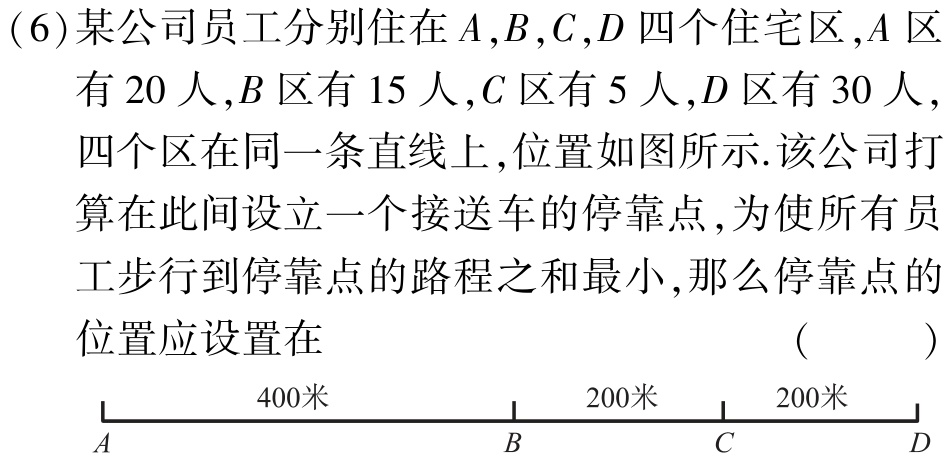
(6)某公司员工分别住在\(A,B,C,D\)四个住宅区,\(A\)区有\(20\)人,\(B\)区有\(15\)人,\(C\)区有\(5\)人,\(D\)区有\(30\)人,四个区在同一条直线上,位置如图所示.该公司打算在此间设立一个接送车的停靠点,为使所有员工步行到停靠点的路程之和最小,那么停靠点的位置应设置在（  ）

\(\begin{matrix}

& & & & & & & & & & & & & & & & & & & & & & & & & & & & & & & & & & & & & & & & & & & & & & & & & & & & & & & & & & & & & & & & & & & & & & & & & & & & & & & & & & & & & & & & & & & & & & & & & & & & & & & & & & & & & & & & & & & & & & & & & & & & & & & & & & & & & & & & & & & & & & & & & & & & & & & & & & & & & & & & & & & & & & & & & & & & & & & & & & & & & & & & & & & & & & & & & & & & & & & & & & & & & & & & & & & & & & & & & & & & & & & & & & & & & & & & & & & & & & & & & & & & & & & & & & & & & & & & & & & & & & & & & & & & & & & & & & & & & & & & & & & & & & & & & & & & & & & & & & & & & & & & & & & & & & & & & & & & & & & & & & & & & & & & & & & & & & & & & & & & & & & & & & & & & & & & & & & & & & & & & & & & & & & & & & & & & & & & & & & & & & & & & & & & & & & & & & & & & & & & & & & & & & & & & & & & & & & & & & & & & & & & & & & & & & & & & & & & & & & & & & & & & & & & & & & & & & & & & & & & & & & & & & & & & & & & & & & & & & & & & & & & & & & & & & & & & & & & & & & & & & & & & & & & & & & & & & & & & & & & & & & & & & & & & & & & & & & & & & & & & & & & & & & & & & & & & & & & & & & & & & & & & & & & & & & & & & & & & & & & & & & & & & & & & & & & & & & & & & & & & & & & & & & & & & & & & & & & & & & & & & & & & & & & & & & & & & & & & & & & & & & & & & & & & & & & & & & & & & & & & & & & & & & & & & & & & & & & & & & & & & & & & & & & & & & & & & & & & & & & & & & & & & & & & & & & & & & & & & & & & & & & & & & & & & & & & & & & & & & & & & & & & & & & & & & & & & & & & & & & & & & & & & & & & & & & & & & & & & & & & & & & & & & & & & & & & & & & & & & & & & & & & & & & & & & & & & & & & & & & & & & & & & & & & & & & & & & & & & & & & & & & & & & & & & & & & & & & & & & & & & & & & & & & & & & & & & & & & & & & & & & & & & & & & & & & & & & & & & & & & & & & & & & & & & & & & & & & & & & & & & & & & & & & & & & & & & & & & & & & & & & & & & & & & & & & & & & & & & & & & & & & & & & & & & & & & & & & & & & & & & & & & & & & & & & & & & & & & & & & & & & & & & & & & & & & & & & & & & & & & & & & & & & & & & & & & & & & & & & & & & & & & & & & & & & & & & & & & & & & & & & & & & & & & & & & & & & & & & & & & & & & & & & & & & & & & & & & & & & & & & & & & & & & & & & & & & & & & & & & & & & & & & & & & & & & & & & & & & & & & & & & & & & & & & & & & & & & & & & & & & & & & & & & & & & & & & & & & & & & & & & & & & & & & & & & & & & & & & & & & & & & & & & & & & & & & & & & & & & & & & & & & & & & & & & & & & & & & & & & & & & & & & & & & & & & & & & & & & & & & & & & & & & & & & & & & & & & & & & & & & & & & & & & & & & & & & & & & & & & & & & & & & & & & & & & & & & & & & & & & & & & & & & & & & & & & & & & & & & & & & & & & & & & & & & & & & & & & & & & & & & & & & & & & & & & & & & & & & & & & & & & & & & & & & & & & & & & & & & & & & & & & & & & & & & & & & & & & & & & & & & & & & & & & & & & & & & & & & & & & & & & & & & & & & & & & & & & & & & & & & & & & & & & & & & & & & & & & & & & & & & & & & & & & & & & & & & & & & & & & & & & & & & & & & & & & & & & & & & & & & & & & & & & & & & & & & & & & & & & & & & & & & & & & & & & & & & & & & & & & & & & & & & & & & & & & & & & & & & & & & & & & & & & & & & & & & & & & & & & & & & & & & & & & & & & & & & & & & & & & & & & & & & & & & & & & & & & & & & & & & & & & & & & & & & & & & & & & & & & & & & & & & & & & & & & & & & & & & & & & & & & & & & & & & & & & & & & & & & & & & & & & & & & & & & & & & & & & & & & & & & & & & & & & & & & & & & & & & & & & & & & & & & & & & & & & & & & & & & & & & & & & & & & & & & & & & & & & & & & & & & & & & & & & & & & & & & & & & & & & & & & & & & & & & & & & & & & & & & & & & & & & & & & & & & & & & & & & & & & & & & & & & & & & & & & & & & & & & & & & & & & & & & & & & & & & & & & & & & & & & & & & & & & & & & & & & & & & & & & & & & & & & & & & & & & & & & & & & & & & & & & & & & & & & & & & & & & & & & & & & & & & & & & & & & & & & & & & & & & & & & & & & & & & & & & & & & & & & & & & & & & & & & & & & & & & & & & & & & & & & & & & & & & & & & & & & & & & & & & & & & & & & & & & & & & & & & & & & & & & & & & & & & & & & & & & & & & & & & & & & & & & & & & & & & & & & & & & & & & & & & & & & & & & & & & & & & & & & & & & & & & & & & & & & & & & & & & & & & & & & & & & & & & & & & & & & & & & & & & & & & & & & & & & & & & & & & & & & & & & & & & & & & & & & & & & & & & & & & & & & & & & & & & & & & & & & & & & & & & & & & & & & & & & & & & & & & & & & & & & & & & & & & & & & & & & & & & & & & & & & & & & & & & & & & & & & & & & & & & & & & & & & & & & & & & & & & & & & & & & & & & & & & & & & & & & & & & & & & & & & & & & & & & & & & & & & & & & & & & & & & & & & & & & & & & & & & & & & & & & & & & & & & & & & & & & & & & & & & & & & & & & & & & & & & & & & & & & & & & & & & & & & & & & & & & & & & & & & & & & & & & & & & & & & & & & & & & & & & & & & & & & & & & & & & & & & & & & & & & & & & & & & & & & & & & & & & & & & & & & & & & & & & & & & & & & & & & & & & & & & & & & & & & & & & & & & & & & & & & & & & & & & & & & & & & & & & & & & & & & & & & & & & & & & & & & & & & & & & & & & & & & & & & & & & & & & & & & & & & & & & & & & & & & & & & & & & & & & & & & & & & & & & & & & & & & & & & & & & & & & & & & & & & & & & & & & & & & & & & & & & & & & & & & & & & & & & & & & & & & & & & & & & & & & & & & & & & & & & & & & & & & & & & & & & & & & & & & & & & & & & & & & & & & & & & & & & & & & & & & & & & & & & & & & & & & & & & & & & & & & & & & & & & & & & & & & & & & & & & & & & & & & & & & & & & & & & & & & & & & & & & & & & & & & & & & & & & & & & & & & & & & & & & & & & & & & & & & & & & & & & & & & & & & & & & & & & & & & & & & & & & & & & & & & & & & & & & & & & & & & & & & & & & & & & & & & & & & & & & & & & & & & & & & & & & & & & & & & & & & & & & & & & & & & & & & & & & & & & & & & & & & & & & & & & & & & & & & & & & & & & & & & & & & & & & & & & & & & & & & & & & & & & & & & & & & & & & & & & & & & & & & & & & & & & & & & & & & & & & & & & & & & & & & & & & & & & & & & & & & & & & & & & & & & & & & & & & & & & & & & & & & & & & & & & & & & & & & & & & & & & & & & & & & & & & & & & & & & & & & & & & & & & & & & & & & & & & & & & & & & & & & & & & & & & & & & & & & & & & & & & & & & & & & & & & & & & & & & & & & & & & & & & & & & & & & & & & & & & & & & & & & & & & & & & & & & & & & & & & & & & & & & & & & & & & & & & & & & & & & & & & & & & & & & & & & & & & & & & & & & & & & & & & & & & & & & & & & & & & & & & & & & & & & & & & & & & & & & & & & & & & & & & & & & & & & & & & & & & & & & & & & & & & & & & & & & & & & & & & & & & & & & & & & & & & & & & & & & & & & & & & & & & & & & & & & & & & & & & & & & & & & & & & & & & & & & & & & & & & & & & & & & & & & & & & & & & & & & & & & & & & & & & & & & & & & & & & & & & & & & & & & & & & & & & & & & & & & & & & & & & & & & & & & & & & & & & & & & & & & & & & & & & & & & & & & & & & & & & & & & & & & & & & & & & & & & & & & & & & & & & & & & & & & & & & & & & & & & & & & & & & & & & & & & & & & & & & & & & & & & & & & & & & & & & & & & & & & & & & & & & & & & & & & & & & & & & & & & & & & & & & & & & & & & & & & & & & & & & & & & & & & & & & & & & & & & & & & & & & & & & & & & & & & & & & & & & & & & & & & & & & & & & & & & & & & & & & & & & & & & & & & & & & & & & & & & & & & & & & & & & & & & & & & & & & & & & & & & & & & & & & & & & & & & & & & & & & & & & & & & & & & & & & & & & & & & & & & & & & & & & & & & & & & & & & & & & & & & & & & & & & & & & & & & & & & & & & & & & & & & & & & & & & & & & & & & & & & & & & & & & & & & & & & & & & & & & & & & & & & & & & & & & & & & & & & & & & & & & & & & & & & & & & & & & & & & & & & & & & & & & & & & & & & & & & & & & & & & & & & & & & & & & & & & & & & & & & & & & & & & & & & & & & & & & & & & & & & & & & & & & & & & & & & & & & & & & & & & & & & & & & & & & & & & & & & & & & & & & & & & & & & & & & & & & & & & & & & & & & & & & & & & & & & & & & & & & & & & & & & & & &